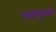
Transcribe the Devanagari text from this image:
पन्चमुखी